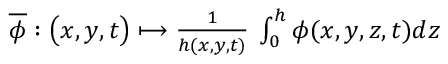
\begin{array} { r } { \overline { { \phi } } : \big ( x , y , t \big ) \longmapsto \frac { 1 } { h ( x , y , t ) } \: \int _ { 0 } ^ { h } \phi ( x , y , z , t ) d z } \end{array}